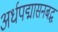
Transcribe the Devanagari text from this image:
अर्धपद्मासनबद्ध